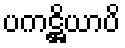
ပကဋ္ဌိယာပိ